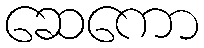
ဆေကော